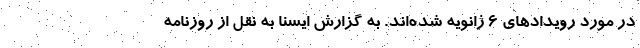
در مورد رویدادهای ۶ ژانویه شده‌اند. به گزارش ایسنا به نقل از روزنامه